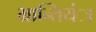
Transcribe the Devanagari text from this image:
भ्रान्तियंा